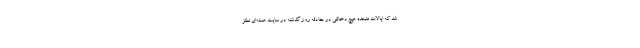
شد که ایالات متحده هیچ دخالتی در حادثه روز گذشته در سایت هسته‌ای نطنز